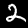
Label: 2